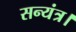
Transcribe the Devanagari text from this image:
सन्यंत्र।